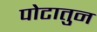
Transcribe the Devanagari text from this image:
पोटातुन